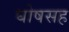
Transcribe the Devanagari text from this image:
घोषसह